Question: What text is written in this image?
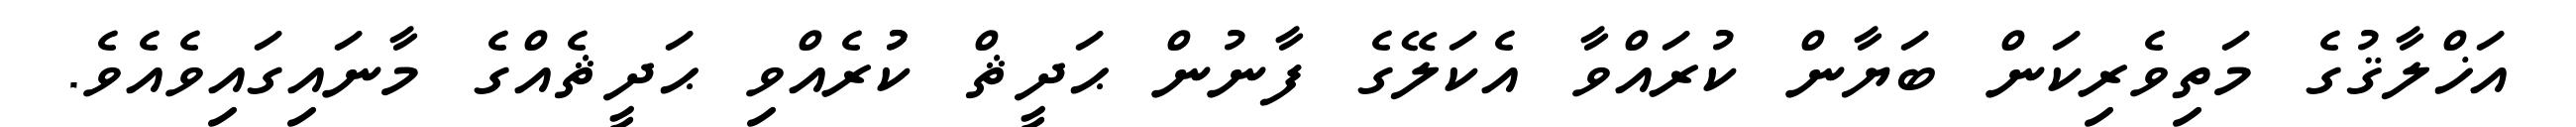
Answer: އަޚްލާޤުގެ މަތިވެރިކަން ބަޔާން ކުރައްވާ އެކަލޭގެ ފާނުން ޙަދީޘް ކުުރެއްވި ޙަދީޘެއްގެ މާނައިގައިވެއެވެ.